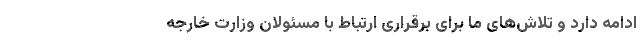
ادامه دارد و تلاش‌های ما برای برقراری ارتباط با مسئولان وزارت خارجه